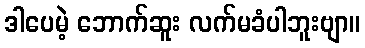
ဒါပေမဲ့ ဘောက်ဆူး လက်မခံပါဘူးဗျာ။